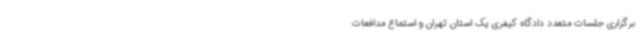
برگزاری جلسات متعدد دادگاه کیفری یک استان تهران و استماع مدافعات